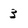
Character: 3